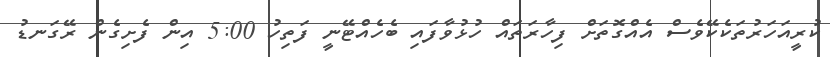
ކުރީއަހަރުތަކެކޭވެސް އެއްގޮތަށް ފިހާރަތައް ހުޅުވާފައި ބެހެއްޓޭނީ ފަތިހު 5:00 އިން ފެށިގެން ރޭގަނޑު